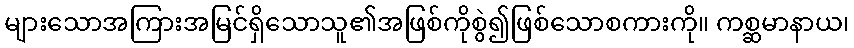
များသောအကြားအမြင်ရှိသောသူ၏အဖြစ်ကိုစွဲ၍ဖြစ်သောစကားကို။ ကစ္ဆမာနာယ၊